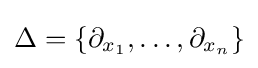
\Delta =\lbrace \partial _{x_{1}},\ldots ,\partial _{x_{n}}\rbrace